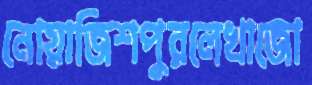
নোয়াজিশপুরলেখাজো